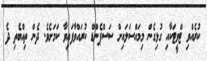
ކުރެއްވި ޓްވީޓަކާއި ގުޅިގެން މިމައްސަލައިށް ސަސްޕެންޑް ކުރައްވާފައިވާ ކަމަށެވެ. ދެން ތިއްބެތި ދެ